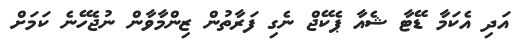
އަދި އެކަމާ ޑޭޓާ ޝެއާ ޕެކޭޖް ނެގި ފަރާތުން ޒިންމާވާން ނުޖެހޭނެ ކަމަށް